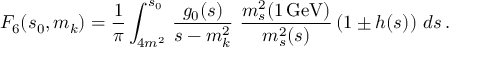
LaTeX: F _ { 6 } ( s _ { 0 } , m _ { k } ) = \frac { 1 } { \pi } \int _ { 4 m ^ { 2 } } ^ { s _ { 0 } } \, \frac { g _ { 0 } ( s ) } { s - m _ { k } ^ { 2 } } \, \, \frac { m _ { s } ^ { 2 } ( 1 \, \mathrm { G e V } ) } { m _ { s } ^ { 2 } ( s ) } \left( 1 \pm h ( s ) \right) \, d s \, .